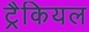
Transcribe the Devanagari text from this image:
ट्रैकियल